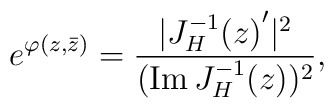
e^{ \varphi(z,\bar {z})}={|{J_H^{-1}(z)}'|^2\over({\rm Im}\,J_H^{-1}(z))^2},